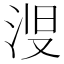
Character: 𱦞